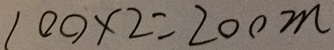
1 0 0 \times 2 = 2 0 0 m